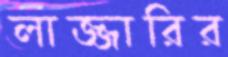
লাজ্জারির